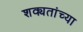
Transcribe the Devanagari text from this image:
शक्यतांच्या